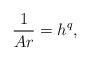
LaTeX: \begin{align*}\frac{1}{Ar} = h^q,\end{align*}